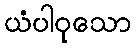
ယံပါဝုသော